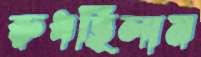
রুধছিলাম